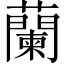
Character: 蘭